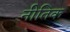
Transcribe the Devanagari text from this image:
नीतिक